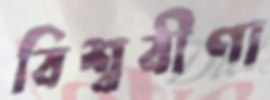
বিশ্ববীণা